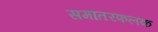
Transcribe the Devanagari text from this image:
समांतरफलक